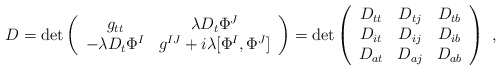
\begin{align*}D=\det \left(\begin{array}{cc}g_{tt}&\lambda D_{t}\Phi^J \\-\lambda D_t\Phi^I&g^{IJ}+i\lambda [\Phi^I,\Phi^J] \\\end{array}\right)=\det \left(\begin{array}{ccc}D_{tt} & D_{tj} & D_{tb} \\D_{it} & D_{ij} & D_{ib} \\D_{at} & D_{aj} & D_{ab} \\ \end{array}\right) \ ,\end{align*}